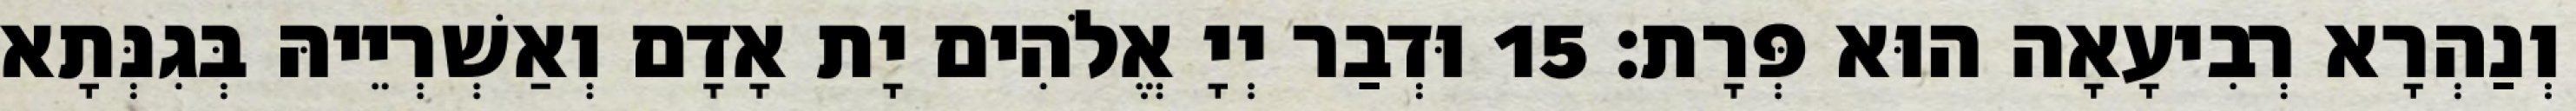
וְנַהְרָא רְבִיעָאָה הוּא פְּרָת׃ 15 וּדְבַר יְיָ אֱלֹהִים יָת אָדָם וְאַשְׁרְיֵיהּ בְּגִנְּתָא